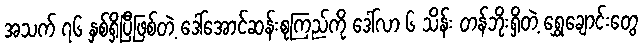
အသက် ၇၆ နှစ်ရှိပြီဖြစ်တဲ့ ဒေါ်အောင်ဆန်းစုကြည်ကို ဒေါ်လာ ၆ သိန်း တန်ဘိုးရှိတဲ့ ရွှေချောင်းတွေ